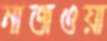
নাজওয়া